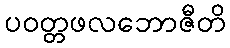
ပဝတ္တဖလဘောဇီတိ